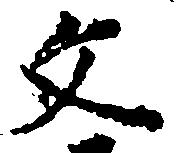
文